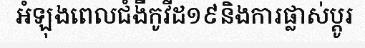
អំឡុងពេលជំងឺកូវីដ១៩និងការផ្លាស់ប្តូរ